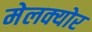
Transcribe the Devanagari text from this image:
मेलक्योर